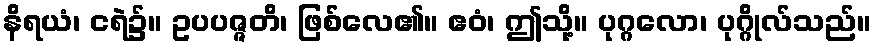
နိရယံ၊ ငရဲ၌။ ဥပပဇ္ဇတိ၊ ဖြစ်လေ၏။ ဧဝံ၊ ဤသို့။ ပုဂ္ဂလော၊ ပုဂ္ဂိုလ်သည်။